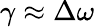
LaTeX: \gamma\approx\Delta\omega